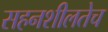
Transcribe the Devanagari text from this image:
सहनशीलतेच